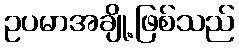
ဥပမာအချို့ဖြစ်သည်